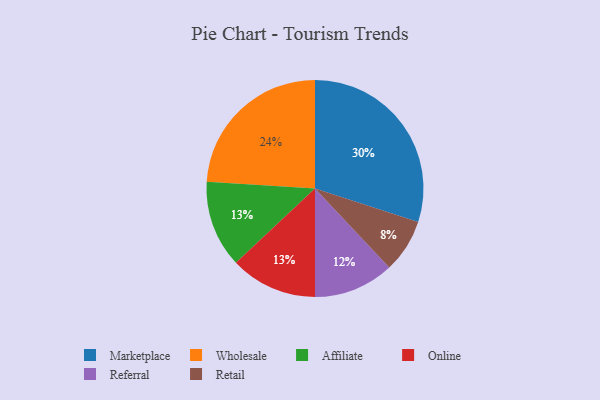
{"axis": {"x": "Category", "y": "Percentage"}, "legend": ["Affiliate", "Marketplace", "Online", "Referral", "Retail", "Wholesale"], "data": [{"x": "Referral", "y": 12, "type": "Referral"}, {"x": "Wholesale", "y": 24, "type": "Wholesale"}, {"x": "Affiliate", "y": 13, "type": "Affiliate"}, {"x": "Online", "y": 13, "type": "Online"}, {"x": "Retail", "y": 8, "type": "Retail"}, {"x": "Marketplace", "y": 30, "type": "Marketplace"}]}